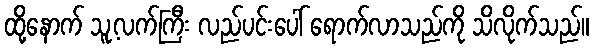
ထို့နောက် သူ့လက်ကြီး လည်ပင်းပေါ် ရောက်လာသည်ကို သိလိုက်သည်။